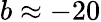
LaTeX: b\approx-20